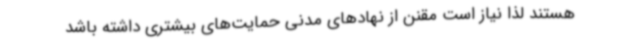
هستند لذا نیاز است مقنن از نهادهای مدنی حمایت‌های بیشتری داشته باشد